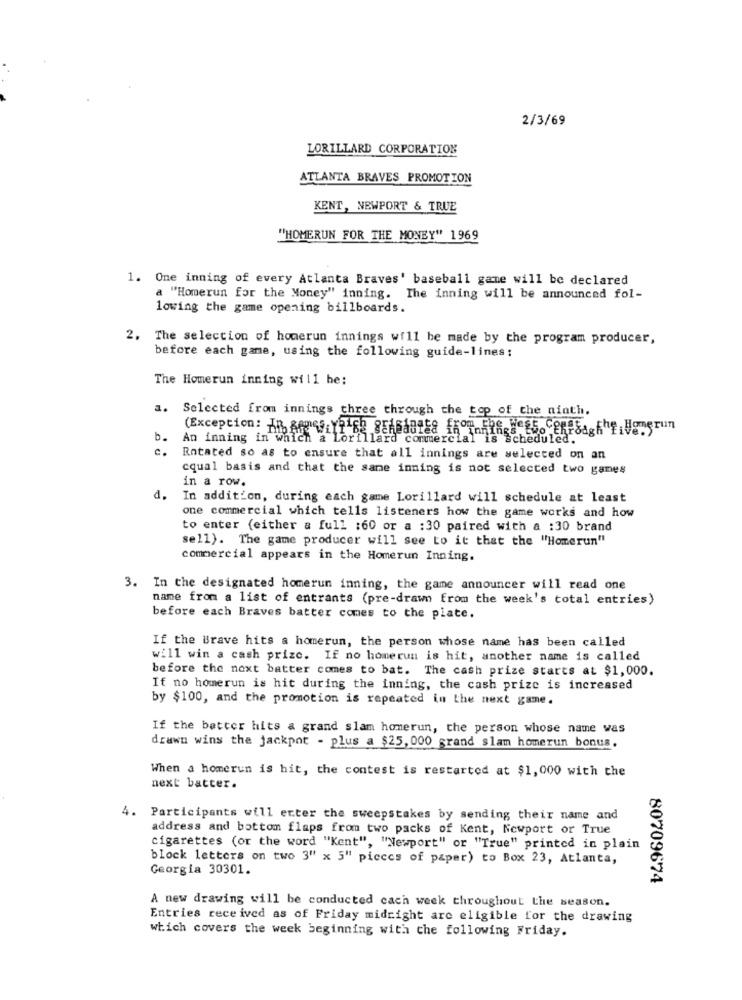
2/3/69
LORILLARD CORPORATION
ATLANTA BRAVES PROMOTION
KENT, NEWPORT & TRUE
"HOMERUN FOR THE MONEY" 1969
1. One inning of every Atlanta Braves' baseball game will be declared
a "Homerun for the Money" inning. The inning will be announced fol-
lowing the game opening billboards.
2. The selection of homerun innings will be made by the program producer,
before each game, using the following guide-lines:
The Homerun inning will he:
a.
Selected from innings three through the top of the ninth.
(Exception: TR Romeo,Y9460 SEAsanita from the West Co
Ings EsoCEffsagKE Hongrun
b.
An inning in which a Lorillard commercial
1 is scheduled.
c.
Rotated so as to ensure that all innings are selected on an
cqual basis and that the same inning is not selected two games
in a row.
d.
In addition, during each game Lorillard will schedule at least
one commercial which tells listeners how the game works and how
to enter (either a full :60 or a :30 paired with a :30 brand
sell). The game producer will see to it that the "Homerun"
commercial appears in the Homerun Inning.
3. In the designated homerun inning, the game announcer will read one
name from a list of entrants (pre-drawn from the week's total entries)
before each Braves batter comes to the plate.
If the Brave hits a homerun, the person whose name has been called
will win a cash prize. If no homerun is hit, another name is called
before the next batter comes to bat. The cash prize starts at $1,000.
If no homerun is hit during the inning, the cash prize is increased
by $100, and the promotion is repeated in the next game.
If the better hits a grand slam homerun, the person whose name was
drawn wins the jackpot - plus a $25, 000 grand slam homerun bonus.
When a homerun is hit, the contest is restarted at $1,000 with the
next batter.
4. Participants will erter the sweepstakes by sending their name and
address and bottom flaps from two packs of Kent, Newport or True
cigarettes (or the word "Kent", "Newport" or "True" printed in plain
block letters on two 3" x 5" pieces of paper) to Box 23, Atlanta,
Georgia 30301.
80709674
A new drawing will be conducted cach week throughout the season.
Entries received as of Friday midright are eligible for the drawing
which covers the week beginning with the following Friday.